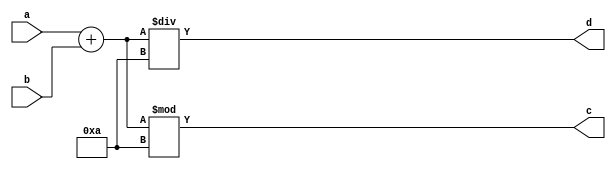
module mod10(a, b, c, d);
input  signed [32 - 1:0] a, b;

output signed [32 - 1:0] c, d;

assign c = (a + b) % 10;
assign d = (a + b) / 10;

endmodule